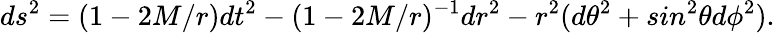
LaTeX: ds^{2}=(1-2M/r)dt^{2}-(1-2M/r)^{-1}dr^{2}-r^{2}(d\theta^{2}+sin^{2}\theta d\phi^{2}).